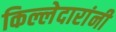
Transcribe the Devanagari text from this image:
किल्लेदारांनी